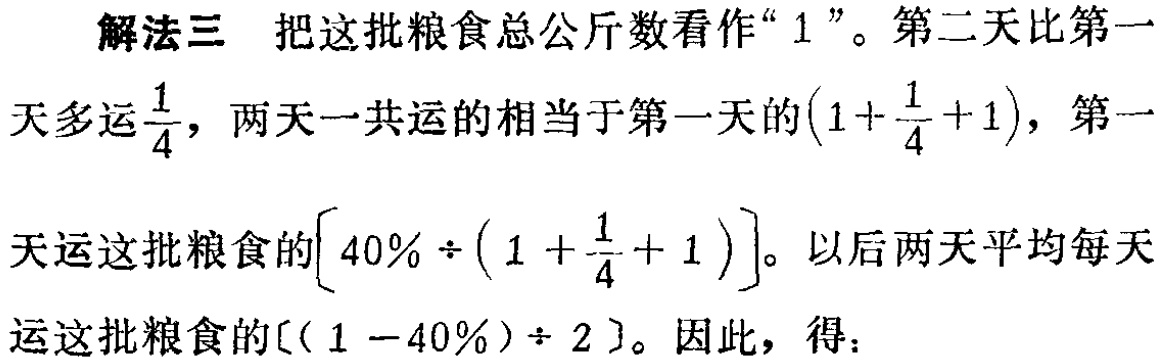
解法三 把这批粮食总公斤数看作“$1$”。第二天比第一天多运$\frac{1}{4}$，两天一共运的相当于第一天的$(1+\frac{1}{4}+1)$，第一天运这批粮食的$[40\% \div (1+\frac{1}{4}+1)]$。以后两天平均每天运这批粮食的$[(1 - 40\%) \div 2]$。因此，得：